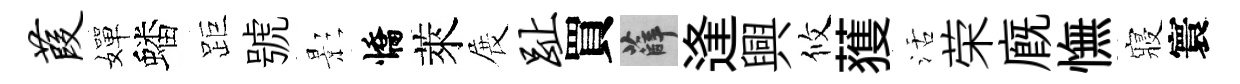
葭嬋蟠距號影憍萊展趾買薛逢興攸𫉬活荣廐憮寢寰